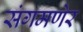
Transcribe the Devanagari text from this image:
संगमणेर